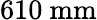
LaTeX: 610~\mathrm{mm}